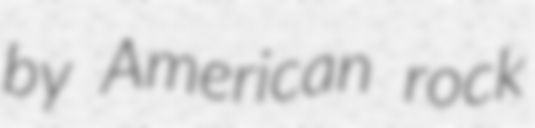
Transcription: by American rock